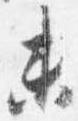
未